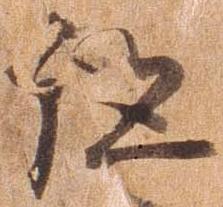
跡